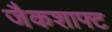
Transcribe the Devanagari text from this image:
जैकशाफ्ट